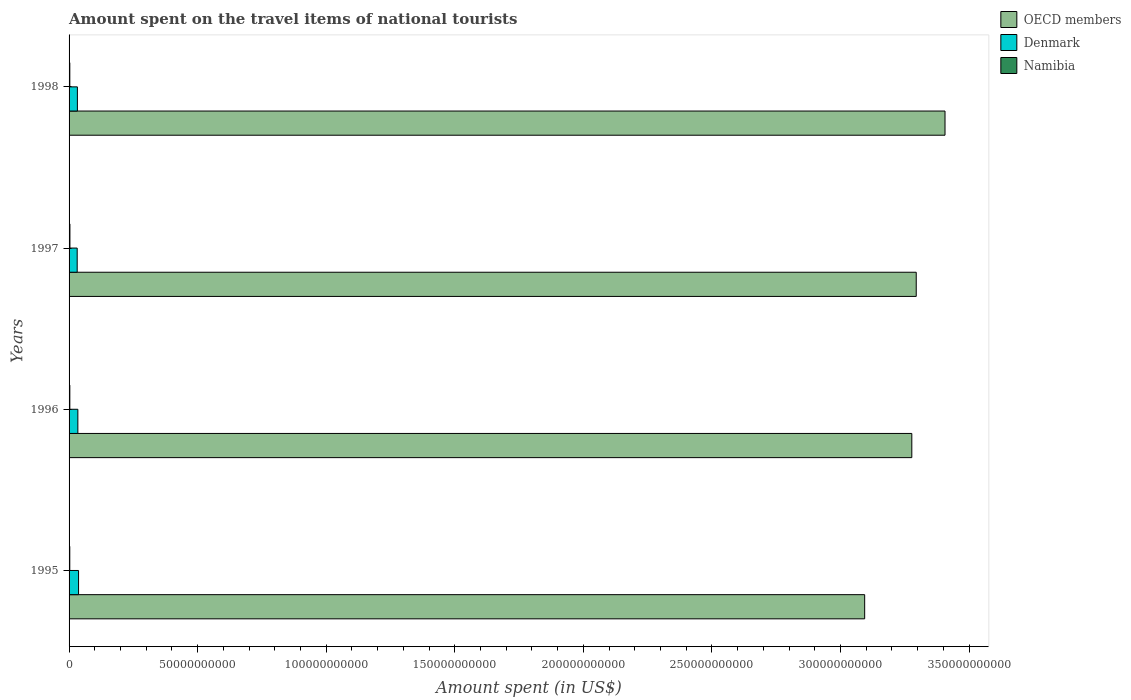
| Years | OECD members | Denmark | Namibia |
 | --- | --- | --- | --- |
 | 1995 | 3.09e+11 | 3.69e+09 | 2.78e+08 |
 | 1996 | 3.28e+11 | 3.42e+09 | 2.93e+08 |
 | 1997 | 3.29e+11 | 3.16e+09 | 3.33e+08 |
 | 1998 | 3.41e+11 | 3.24e+09 | 2.88e+08 |